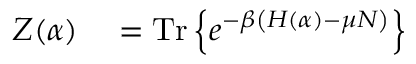
\begin{array} { r l } { Z ( \alpha ) } & { { } = \mathrm { T r } \left\{ e ^ { - \beta \left( H ( \alpha ) - \mu N \right) } \right\} } \end{array}